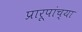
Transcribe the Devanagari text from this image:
प्रारूपांच्या